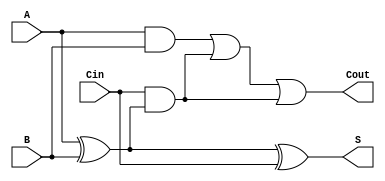
module carry_lookahead_adder(
    input wire A, // input A
    input wire B, // input B
    input wire Cin, // input carry in
    output reg S, // sum output
    output reg Cout // carry out
    );

    // Generate logic for each bit position
    wire G = A & B;
    
    // Propagate logic for each bit position
    wire P = A ^ B;
    
    // Carry out for each bit position
    wire G1 = G | (Cin & P);
    wire P1 = P;
    
    // Sum output for each bit position
    assign S = A ^ B ^ Cin;
    assign Cout = G1 | (P1 & Cin);
    
endmodule